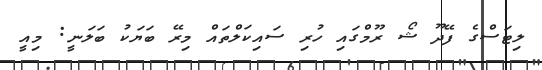
ލިޓަސްގެ ފޭދޫ ޝޯ ރޫމްގައި ހުރި ސައިކަލްތައް މިރޭ ބަޔަކު ބަލަނީ: މިއީ